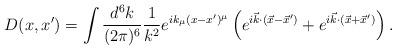
LaTeX: \begin{align*}D(x,x') = \int {d^6 k \over (2\pi)^6} {1\over k^2}e^{i k_\mu (x-x')^{\mu}}\left(e^{i {\vec k}\cdot ({\vec x}-{\vec x}')} + e^{i {\vec k}\cdot({\vec x} + {\vec x}')}\right).\end{align*}